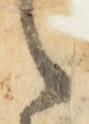
之